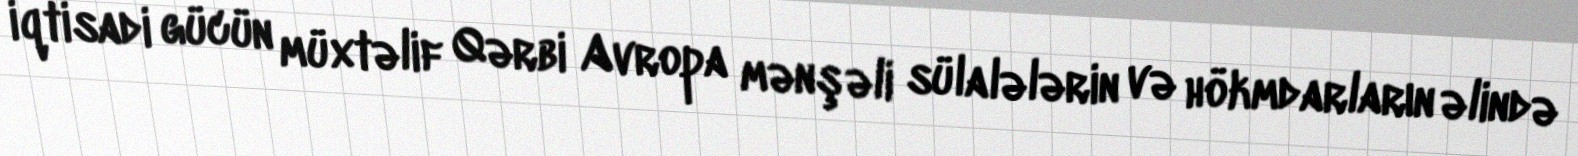
iqtisadi gücün müxtəlif Qərbi Avropa mənşəli sülalələrin və hökmdarların əlində